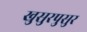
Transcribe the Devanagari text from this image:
खुसुरपुसुर